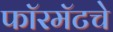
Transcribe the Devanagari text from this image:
फॉरमॅटचे